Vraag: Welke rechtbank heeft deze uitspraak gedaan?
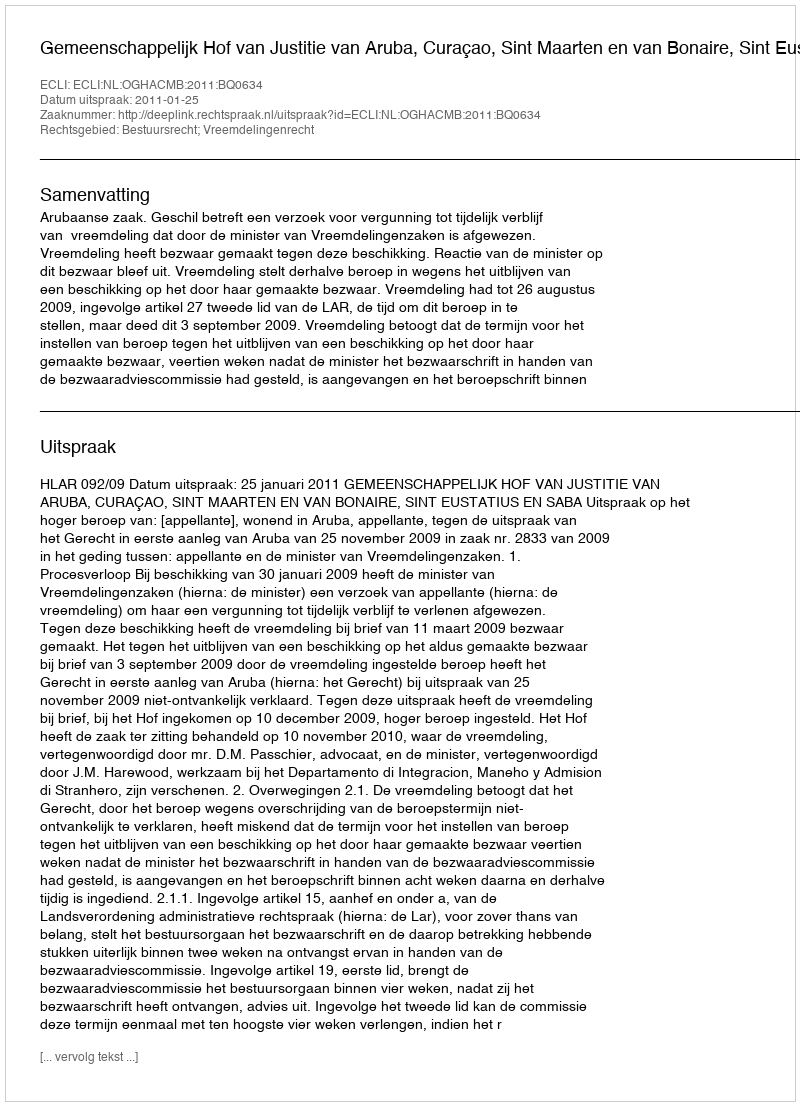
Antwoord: Gemeenschappelijk Hof van Justitie van Aruba, Curaçao, Sint Maarten en van Bonaire, Sint Eustatius en Saba